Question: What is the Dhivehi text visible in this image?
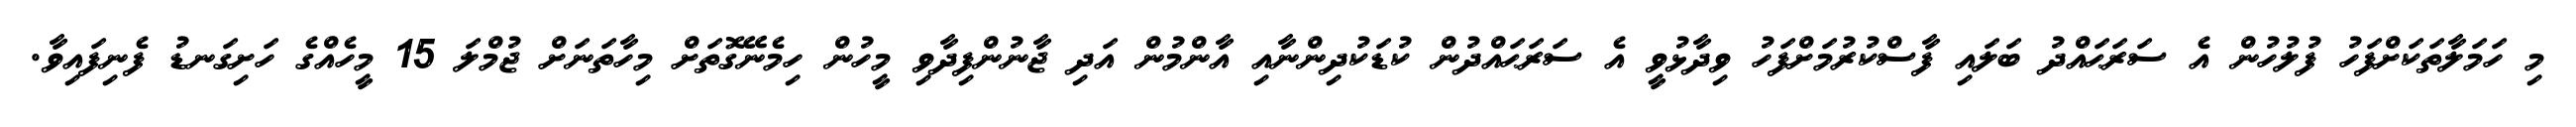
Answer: މި ހަމަލާތަކަށްފަހު ފުލުހުން އެ ސަރަޙައްދު ބަލައި ފާސްކުރުމަށްފަހު ވިދާޅުވީ އެ ސަރަޙައްދުން ކުޑަކުދިންނާއި އާންމުން އަދި ޖާނުންފިދާވި މީހުން ހިމެނޭގޮތަށް މިހާތަނަށް ޖުމްލަ 15 މީހެއްގެ ހަށިގަނޑު ފެނިފައިވާ.